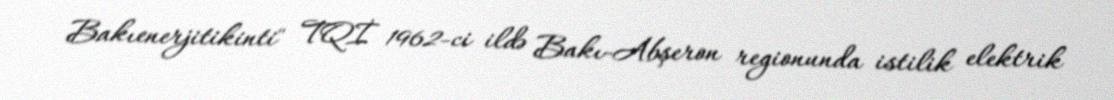
Bakıenerjitikinti" TQİ 1962-ci ildə Bakı-Abşeron regionunda istilik elektrik